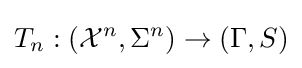
T_{n}:({\mathcal {X}}^{n},\Sigma ^{n})\to (\Gamma ,S)